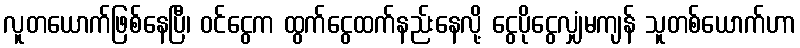
လူတယောက်ဖြစ်နေပြီ၊ ဝင်ငွေက ထွက်ငွေထက်နည်းနေလို့ ငွေပိုငွေလျှံမကျန် သူတစ်ယောက်ဟာ